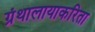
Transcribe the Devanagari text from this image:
ग्रंथालायाकरिता